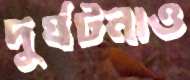
দুর্ঘটনাও